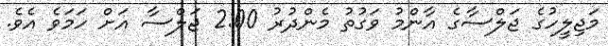
މަޖިލީހުގެ ޖަލްސާގެ އާންމު ވަގުތު މެންދުރު 2:00 ޖަލްސާ އަށް ހަމަވެ އެވެ.